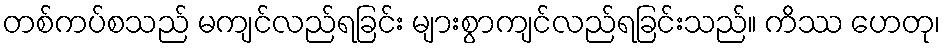
တစ်ကပ်စသည် မကျင်လည်ရခြင်း များစွာကျင်လည်ရခြင်းသည်။ ကိဿ ဟေတု၊